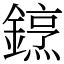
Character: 䥋